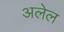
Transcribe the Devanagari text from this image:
अलेल